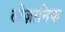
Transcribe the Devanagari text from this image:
लोज़ानिक